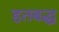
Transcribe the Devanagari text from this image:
हतबद्ध